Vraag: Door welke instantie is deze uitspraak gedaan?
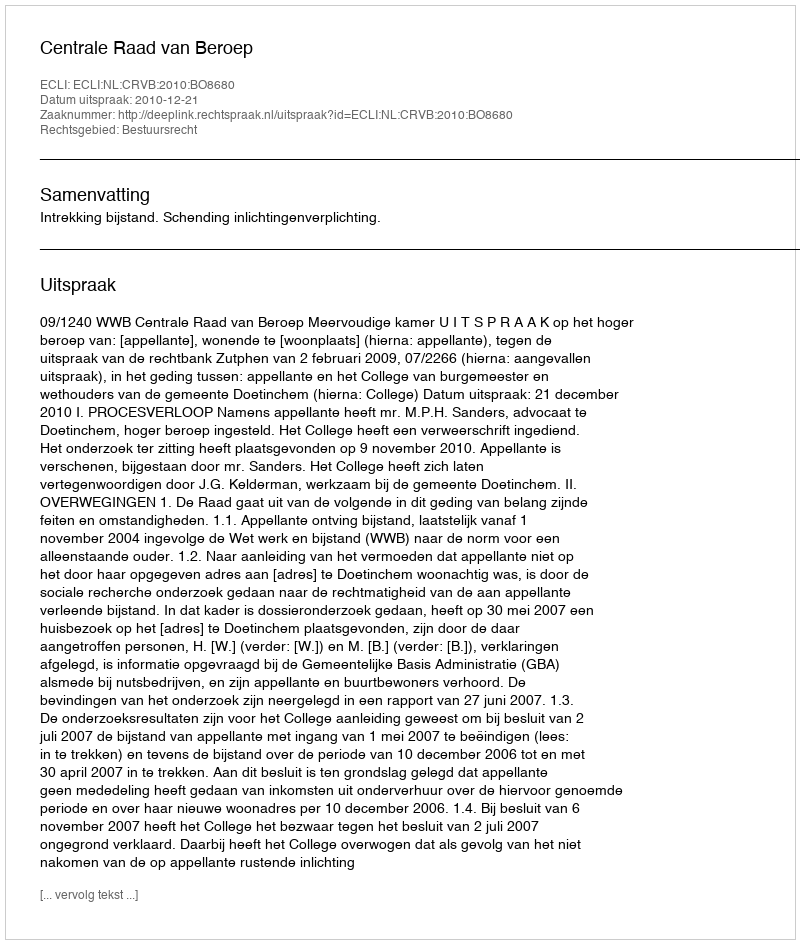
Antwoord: Centrale Raad van Beroep